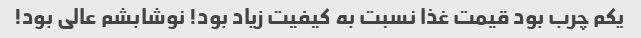
یکم چرب بود قیمت غذا نسبت به کیفیت زیاد بود! نوشابشم عالی بود!